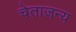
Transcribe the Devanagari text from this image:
चेताजन्य